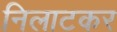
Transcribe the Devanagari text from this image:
निलाटकर